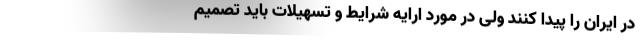
در ایران را پیدا کنند ولی در مورد ارایه شرایط و تسهیلات باید تصمیم